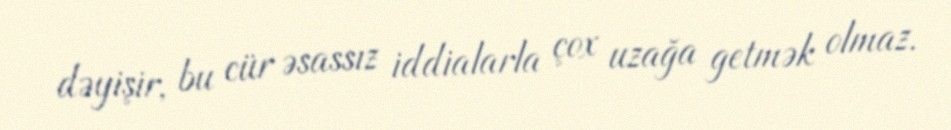
dəyişir, bu cür əsassız iddialarla çox uzağa getmək olmaz.